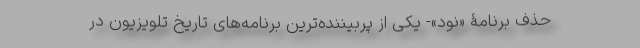
حذف برنامۀ «نود»- یکی از پربیننده‌ترین برنامه‌های تاریخ تلویزیون در